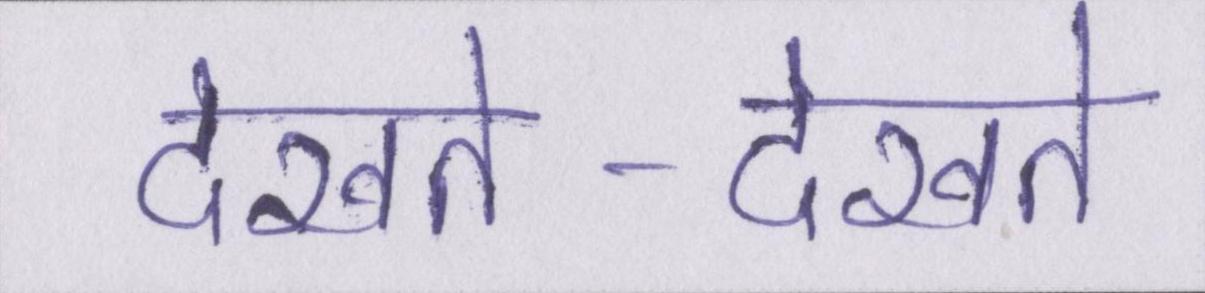
देखते-देखते